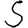
Digit: 5